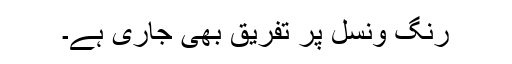
رنگ ونسل پر تفریق بھی جاری ہے۔